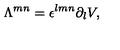
\Lambda ^ { m n } = \epsilon ^ { l m n } \partial _ { l } V ,